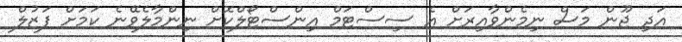
އަދި ޖޫން މަސް ނިމެންވާއިރަށް އެ ސިސްޓަމް އިންސްޓޯލްކޮށް ނިންމާލެވޭނެ ކަމަށް ފަޒުލް